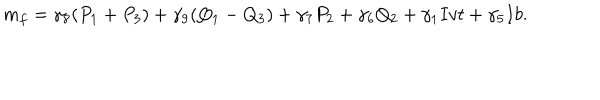
LaTeX: m _ { f } = \gamma _ { 8 } ( P _ { 1 } + P _ { 3 } ) + \gamma _ { 9 } ( Q _ { 1 } - Q _ { 3 } ) + \gamma _ { 7 } P _ { 2 } + \gamma _ { 6 } Q _ { 2 } + \gamma _ { 1 } I v t + \gamma _ { 5 } I b .